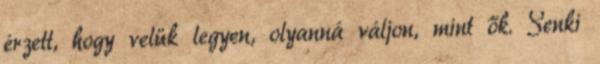
érzett, hogy velük legyen, olyanná váljon, mint ők. Senki